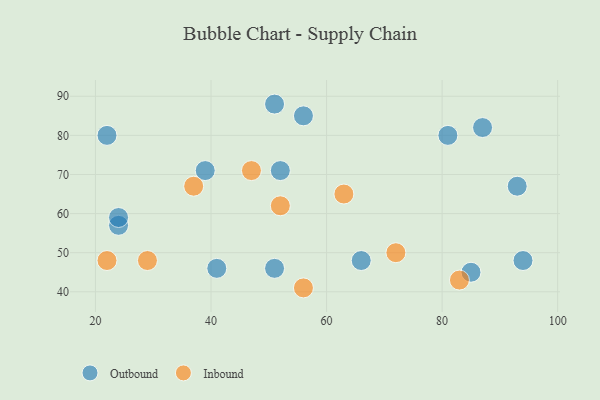
{"axis": {"x": "GDP", "y": "Life Expectancy"}, "legend": ["Inbound", "Outbound"], "data": [{"x": "94", "y": 48, "type": "Outbound"}, {"x": "51", "y": 46, "type": "Outbound"}, {"x": "24", "y": 57, "type": "Outbound"}, {"x": "56", "y": 85, "type": "Outbound"}, {"x": "51", "y": 88, "type": "Outbound"}, {"x": "87", "y": 82, "type": "Outbound"}, {"x": "41", "y": 46, "type": "Outbound"}, {"x": "52", "y": 71, "type": "Outbound"}, {"x": "66", "y": 48, "type": "Outbound"}, {"x": "93", "y": 67, "type": "Outbound"}, {"x": "85", "y": 45, "type": "Outbound"}, {"x": "39", "y": 71, "type": "Outbound"}, {"x": "24", "y": 59, "type": "Outbound"}, {"x": "22", "y": 80, "type": "Outbound"}, {"x": "81", "y": 80, "type": "Outbound"}, {"x": "83", "y": 43, "type": "Inbound"}, {"x": "63", "y": 65, "type": "Inbound"}, {"x": "56", "y": 41, "type": "Inbound"}, {"x": "47", "y": 71, "type": "Inbound"}, {"x": "29", "y": 48, "type": "Inbound"}, {"x": "22", "y": 48, "type": "Inbound"}, {"x": "72", "y": 50, "type": "Inbound"}, {"x": "37", "y": 67, "type": "Inbound"}, {"x": "52", "y": 62, "type": "Inbound"}]}